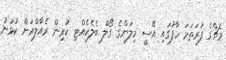
މެޗްގެ ފުރަތަމަ ހާފުގައި އޭސީ މިލަންގެ ގޯލް ބެލެހެއްޓި ކުރިން ރެއާލްއަށް ކުޅުނު